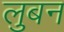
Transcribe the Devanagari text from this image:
लुबन